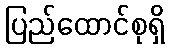
ပြည်ထောင်စုရှိ